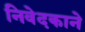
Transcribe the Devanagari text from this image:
निवेदकाने